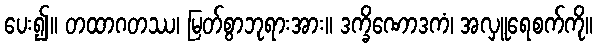
ပေး၍။ တထာဂတဿ၊ မြတ်စွာဘုရားအား။ ဒက္ခိဏောဒကံ၊ အလှူရေစက်ကို။